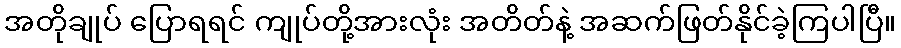
အတိုချုပ် ပြောရရင် ကျုပ်တို့အားလုံး အတိတ်နဲ့ အဆက်ဖြတ်နိုင်ခဲ့ကြပါပြီ။